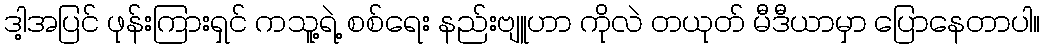
ဒါ့အပြင် ဖုန်းကြားရှင် ကသူ့ရဲ့ စစ်ရေး နည်းဗျူဟာ ကိုလဲ တယုတ် မီဒီယာမှာ ပြောနေတာပါ။